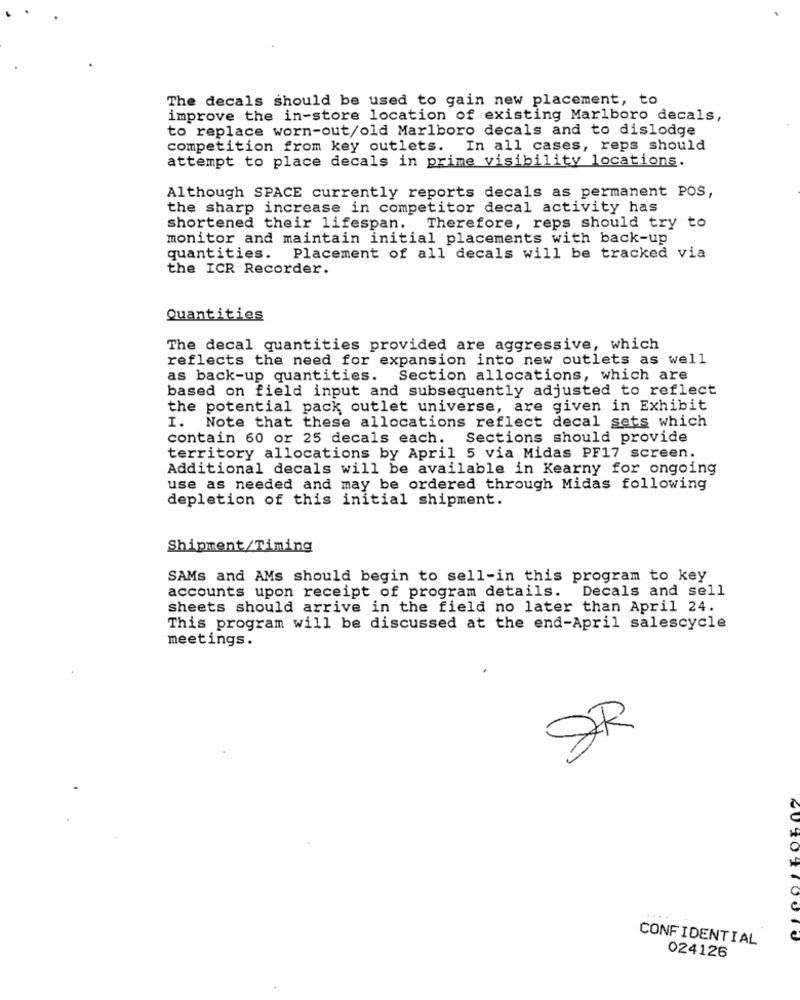
The decals should be used to gain new placement, to
improve the in-store location of existing Marlboro decals,
to replace worn-out/old Marlboro decals and to dislodge
competition from key outlets. In all cases, reps should
attempt to place decals in prime visibility locations.
Although SPACE currently reports decals as permanent POS,
the sharp increase in competitor decal activity has
shortened their lifespan. Therefore, reps should try to
monitor and maintain initial placements with back-up
quantities. Placement of all decals will be tracked via
the ICR Recorder.
Quantities
The decal quantities provided are aggressive, which
reflects the need for expansion into new outlets as well
as back-up quantities. Section allocations, which are
based on field input and subsequently adjusted to reflect
the potential pack outlet universe, are given in Exhibit
I. Note that these allocations reflect decal sets which
contain 60 or 25 decals each. Sections should provide
territory allocations by April 5 via Midas PF17 screen.
Additional decals will be available in Kearny for ongoing
use as needed and may be ordered through Midas following
depletion of this initial shipment.
Shipment/Timing
SAMs and AMs should begin to sell-in this program to key
accounts upon receipt of program details. Decals and sell
Sheets should arrive in the field no later than April 24.
This program will be discussed at the end-April salescycle
meetings.
2R
CONFIDENTIAL
024126